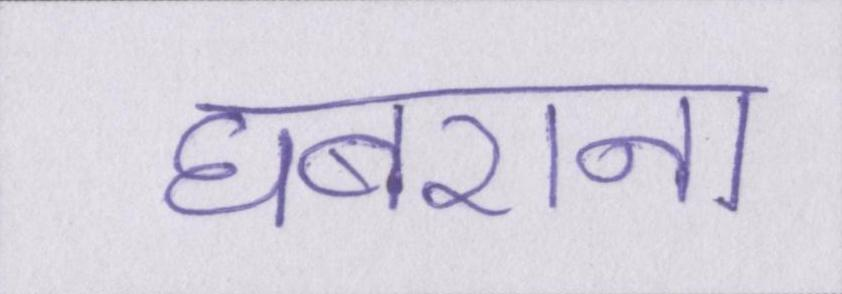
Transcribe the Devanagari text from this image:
घबराना